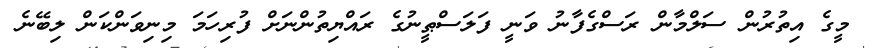
މީގެ އިތުރުން ސަލްމާން ރަސްގެފާނު ވަނީ ފަލަސްޠީނުގެ ރައްޔިތުންނަށް ފުރިހަމަ މިނިވަންކަން ލިބޭނެ